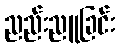
ညည်းညူခြင်း